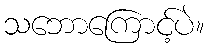
သဘောကြောင့်ပဲ။